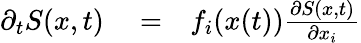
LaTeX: \begin{array}{rlr}{\partial_{t}S(x,t)}&{{}=}&{f_{i}(x(t))\frac{\partial S(x,t)}{\partial x_{i}}}\end{array}